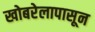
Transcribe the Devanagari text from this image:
खोबरेलापासून